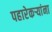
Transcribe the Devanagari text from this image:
पहारेकऱ्यांना